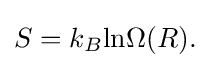
{\textstyle S=k_{B}{\text{ln}}\Omega (R).}